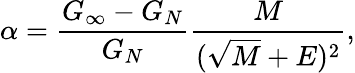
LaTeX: \alpha={\frac{G_{\infty}-G_{N}}{G_{N}}}{\frac{M}{({\sqrt{M}}+E)^{2}}},